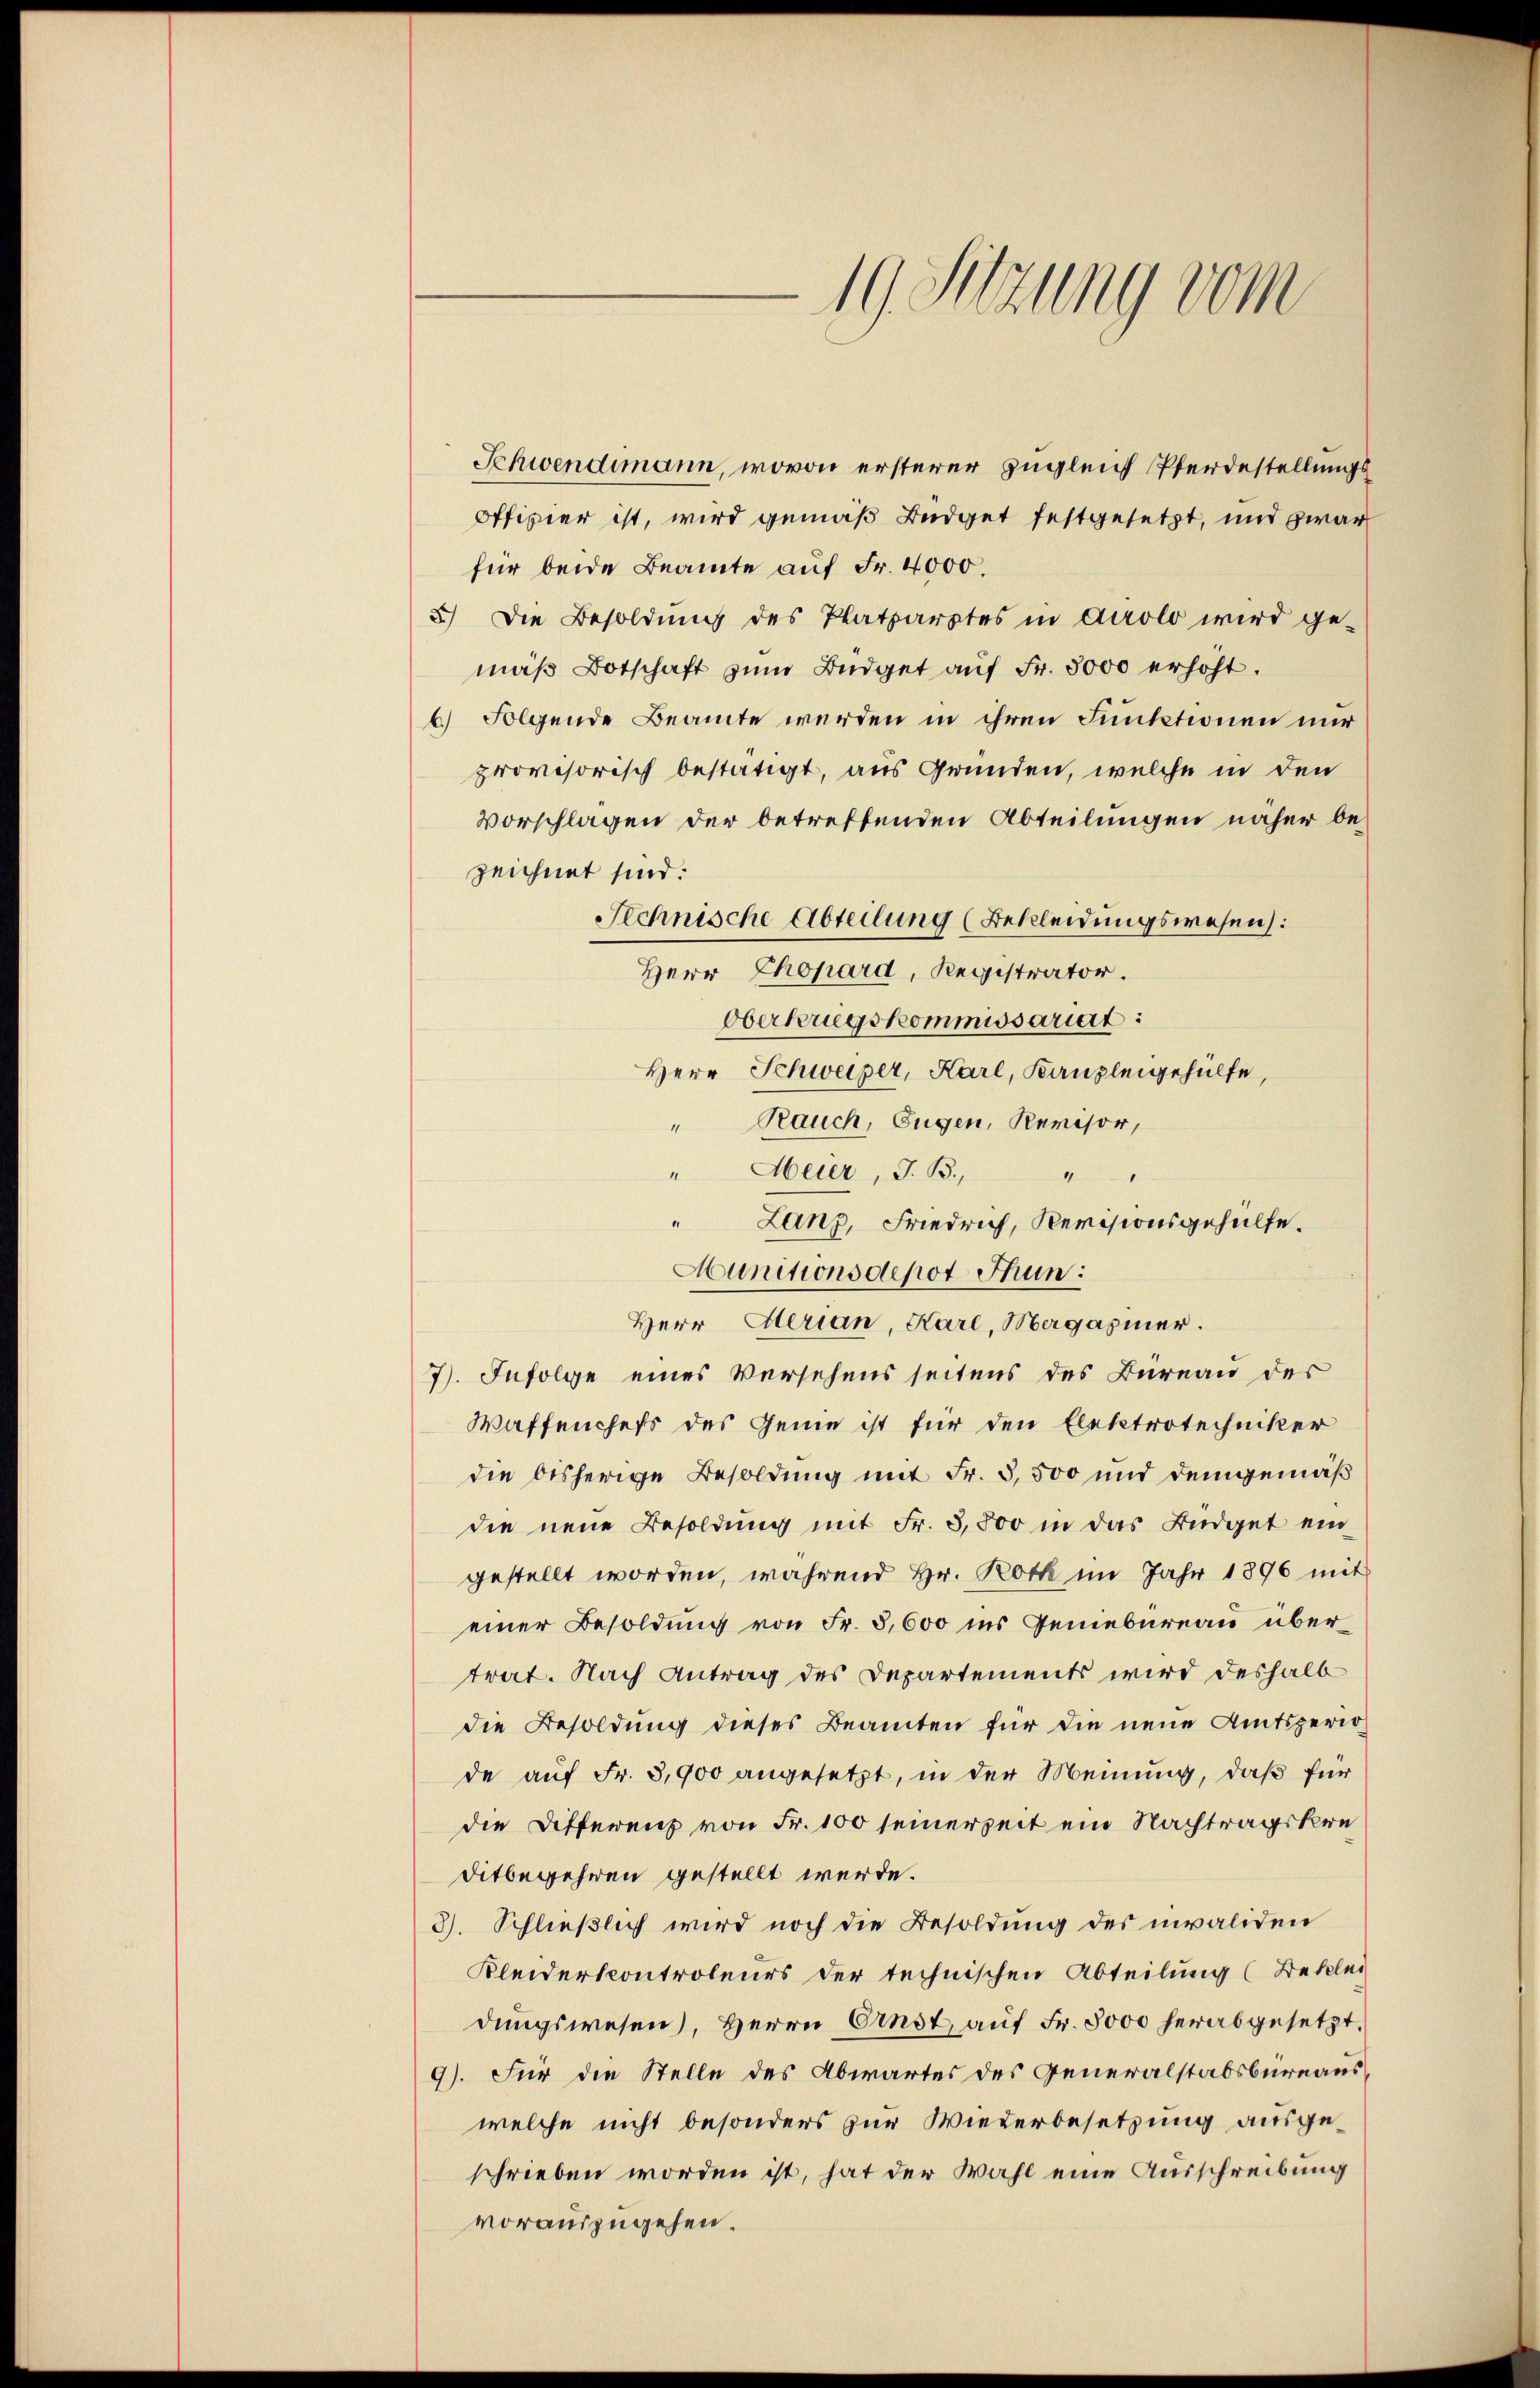
19. Sitzung vom

Schwendimann, wovon ersterer zugleich Pferdestellungs¬
Offizier ist, wird gemäß Büdget festgesetzt, und zwar
für beide Beamte auf Fr. 4000.
5.) Die Besoldung des Platzarztes in Airolo wird ge-
mäß Botschaft zum Büdget auf Fr. 3000 erhöht.
b.) Folgende Beamte werden in ihren Funktionen nur
provisorisch bestätigt, aus Gründen, welche in den
Vorschlagen der betreffenden Abteilungen näher bezeichnet sind:
Technische Abteilung (Bekleidungswesen):
Herr Chopard, Registrator.
Oberkrugskommissariat:
Herr Schweizer, Karl, Kanzleigehülfe,
" Rauch, Eugen, Revisor,
" Meier, J. B., "
" Lanz, Friedrich, Revisionsgehülfe.
Munitionsdepot Thun:
Herr Merian, Karl, Magaziner.
7). Infolge eines Versehens seitens des Büreau des
Waffenchefs des Geme ist für den Elektrotechniker
die bisherige Besoldung mit Fr. 3,500 und demgemäß
die neue Besoldung mit Fr. 3,800 in das Büdget ein
gestellt worden, während Hr. Roth im Jahr 1896 mit
einer Besoldung von Fr. 3,600 ins Geniebureau übertrat. Nach Antrag des Departements wird deshalb
die Besoldung dieses Beamten für die neue Amtsperiode auf Fr. 3,900 angesetzt, in der Meinung, daß für
die Differenz von Fr. 100 seinerzeit ein Nachtragskreditbegehren gestellt werde.
3). Schließlich wird noch die Besoldung des invaliden
Kleiderkontroleurs der technischen Abteilung (Beklei
dungswesen, Herrn Ernst, auf Fr. 8000 herabgesetzt.
9). Für die Stelle des Abwartes des Generalstabsbureauswelche nicht besonders zur Wiederbesetzung ausgeschrieben worden ist, hat der Wahl eine Ausschreibung
vorauszugehen.